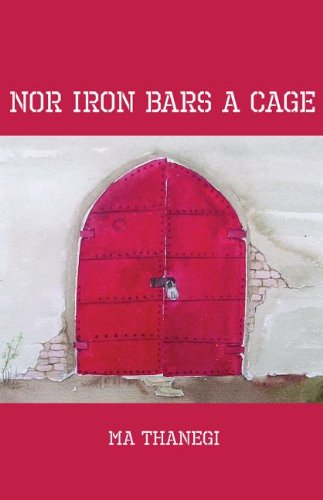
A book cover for Nor Iron Bars a Cage; Ma Thanegi; Travel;